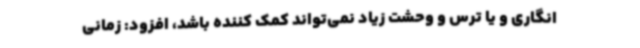
انگاری و یا ترس و وحشت زیاد نمی‌تواند کمک کننده باشد، افزود: زمانی